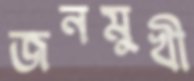
জনমুখী